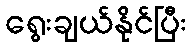
ရွေးချယ်နိုင်ပြီး